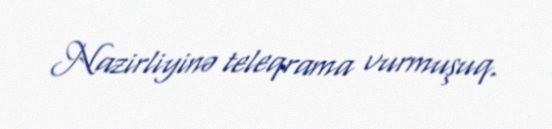
Nazirliyinə teleqrama vurmuşuq.